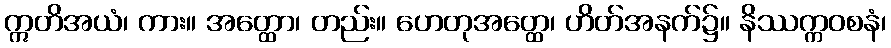
ဣတိအယံ၊ ကား။ အတ္ထော၊ တည်း။ ဟေတုအတ္ထေ၊ ဟိတ်အနက်၌။ နိဿက္ကဝစနံ၊